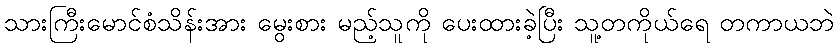
သားကြီးမောင်စံသိန်းအား မွေးစား မည့်သူကို ပေးထားခဲ့ပြီး သူ့တကိုယ်ရေ တကာယဘဲ